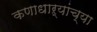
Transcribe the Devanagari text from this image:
कणाधाऱ्यांच्या